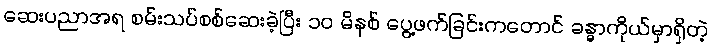
ဆေးပညာအရ စမ်းသပ်စစ်ဆေးခဲ့ပြီး ၁၀ မိနစ် ပွေ့ဖက်ခြင်းကတောင် ခန္ဓာကိုယ်မှာရှိတဲ့